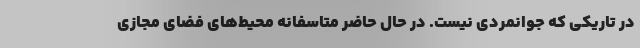
در تاریکی که جوانمردی نیست. در حال حاضر متاسفانه محیط‌های فضای مجازی